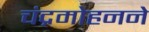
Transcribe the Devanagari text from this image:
चंद्रमोहनने